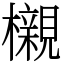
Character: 櫬